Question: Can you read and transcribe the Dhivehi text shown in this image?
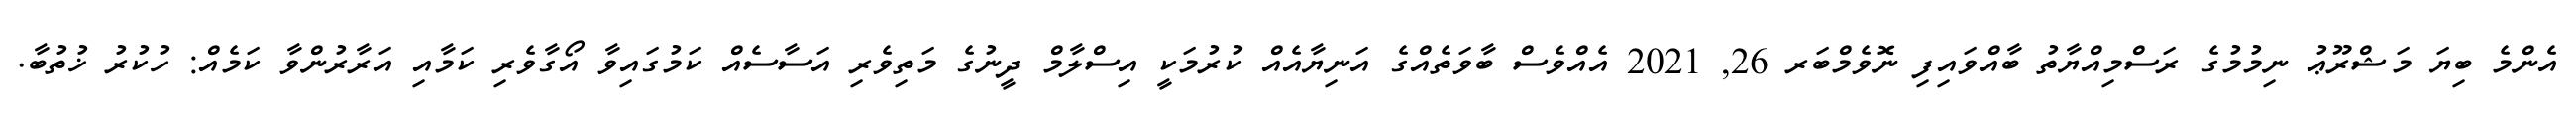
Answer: އެންމެ ބިޔަ މަޝްރޫޢު ނިމުމުގެ ރަސްމިއްޔާތު ބާއްވައިފި ނޮވެމްބަރ 26, 2021 އެއްވެސް ބާވަތެއްގެ އަނިޔާއެއް ކުރުމަކީ އިސްލާމް ދީނުގެ މަތިވެރި އަސާސެއް ކަމުގައިވާ އޯގާވެރި ކަމާއި އަރާރުންވާ ކަމެއް: ހުކުރު ޚުތުބާ.